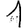
Digit: 1